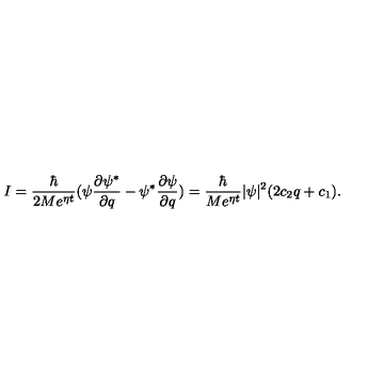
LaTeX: I = \frac \hbar { 2 M e ^ { \eta t } } ( \psi \frac { \partial \psi ^ { * } } { \partial q } - \psi ^ { * } \frac { \partial \psi } { \partial q } ) = \frac \hbar { M e ^ { \eta t } } | \psi | ^ { 2 } ( 2 c _ { 2 } q + c _ { 1 } ) .